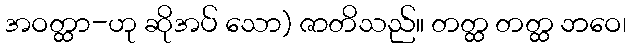
အဝတ္ထာ-ဟု ဆိုအပ် သော) ဇာတိသည်။ တတ္ထ တတ္ထ ဘဝေ၊